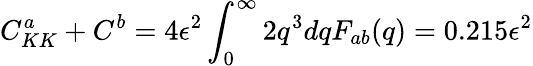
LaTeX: C_{KK}^{a}+C^{b}=4\epsilon^{2}\displaystyle\int_{0}^{\infty}2q^{3}dqF_{ab}(q)=0.215\epsilon^{2}